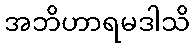
အဘိဟာရမဒါသိ